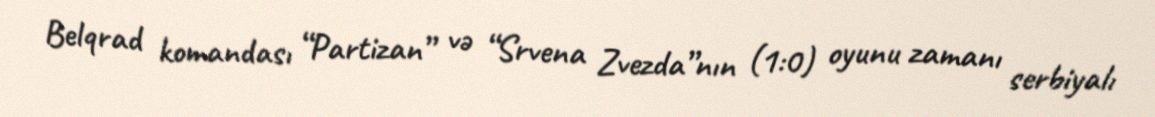
Belqrad komandası “Partizan” və “Srvena Zvezda”nın (1:0) oyunu zamanı serbiyalı